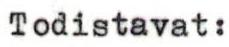
Todistavat: